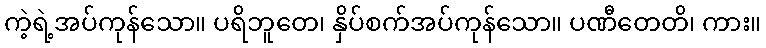
ကဲ့ရဲ့အပ်ကုန်သော။ ပရိဘူတေ၊ နှိပ်စက်အပ်ကုန်သော။ ပဏီတေတိ၊ ကား။